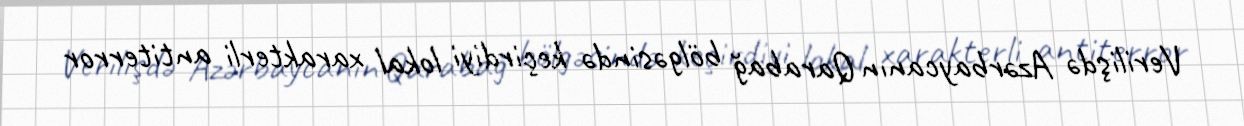
Verilişdə Azərbaycanın Qarabağ bölgəsində keçirdiyi lokal xarakterli antiterror